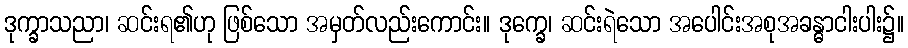
ဒုက္ခာသညာ၊ ဆင်းရ၏ဟု ဖြစ်သော အမှတ်လည်းကောင်း။ ဒုက္ခေ၊ ဆင်းရဲသော အပေါင်းအစုအခန္ဓာငါးပါး၌။